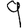
Digit: 9